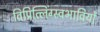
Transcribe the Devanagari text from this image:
विप्रित्लिंग्स्वभावियों